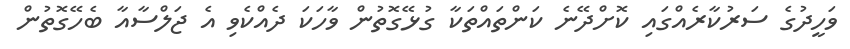
ވަހީދުގެ ސަރުކާރެއްގައި ކޮށްދޭނެ ކަންތައްތަކާ ގުޅޭގޮތުން ވާހަކަ ދެއްކެވި އެ ޖަލްސާއާ ބެހޭގޮތުން